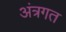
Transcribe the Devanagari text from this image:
अंत्रगत